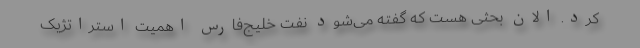
کرد. ‌الان بحثی هست که گفته می‌شود نفت خلیج‌‌فارس اهمیت استراتژیک